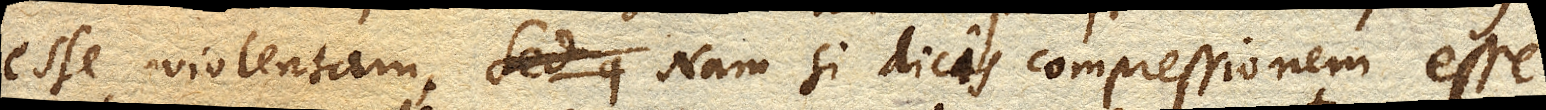
esse violentam. Sed p Nam si dicis compressionem esse